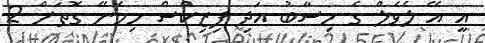
އީ އޭ ލެވެލް ގެ ހިސާބު އަދި ފިޒިކްސް ހިމެނޭ ގޮތަށް 2